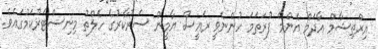
އިރްތިޝާމް އާދަމް އެންމެ ފުރަތަމަ ހުންނެވީ ރައީސް ޔާމީން ސަރުކާރުގެ ހެލްތު މިނިސްޓަރުކަމުގައެވެ.